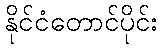
နိုင်ငံတောင်ပိုင်း